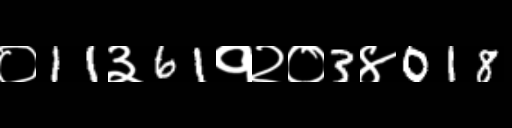
Text: ०11३61१२०3४018